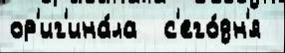
ор'иг'ина́ла  с'его́дн'я